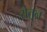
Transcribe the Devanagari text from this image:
येतून